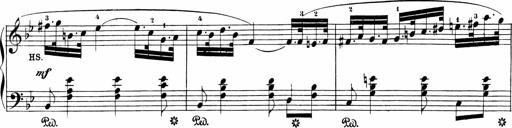
Title: Sonatinen Op.47, 98 und 136, nebst 6 Liedersonatinen
Composer: Carl Reinecke